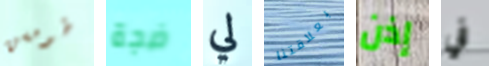
طومسن ضجة لي بعلاقتنا إذن في